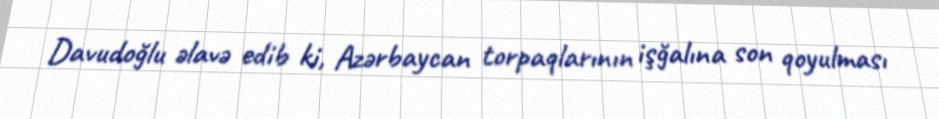
Davudoğlu əlavə edib ki, Azərbaycan torpaqlarının işğalına son qoyulması